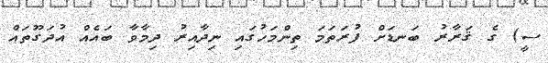
ސީ) ގެ ޤަރާރު ބަނޑަށް ފުރަތަމަ ތިންމަހުގައި ނިދާއިރު ދިމާވާ ބައެއް އުދަގޫތައް